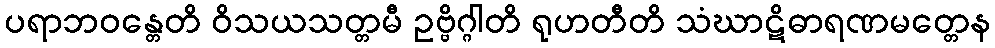
ပရာဘဝန္တေတိ ဝိသယသတ္တမီ ဥဗ္ဗိဂ္ဂါတိ ရုဟတီတိ သံဃာဋိဓာရဏမတ္တေန